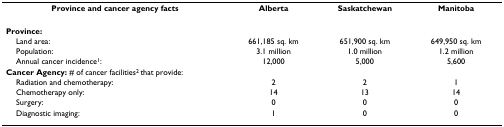
<table><thead><tr><td><b>Province and cancer agency facts</b></td><td><b>Alberta</b></td><td><b>Saskatchewan</b></td><td><b>Manitoba</b></td></tr></thead><tbody><tr><td><b>Province:</b></td><td></td><td></td><td></td></tr><tr><td> Land area:</td><td>661,185 sq. km</td><td>651,900 sq. km</td><td>649,950 sq. km</td></tr><tr><td> Population:</td><td>3.1 million</td><td>1.0 million</td><td>1.2 million</td></tr><tr><td> Annual cancer incidence<sup>1</sup>:</td><td>12,000</td><td>5,000</td><td>5,600</td></tr><tr><td><b>Cancer Agency: </b># of cancer facilities<sup>2 </sup>that provide:</td><td></td><td></td><td></td></tr><tr><td> Radiation and chemotherapy:</td><td>2</td><td>2</td><td>1</td></tr><tr><td> Chemotherapy only:</td><td>14</td><td>13</td><td>14</td></tr><tr><td> Surgery:</td><td>0</td><td>0</td><td>0</td></tr><tr><td> Diagnostic imaging:</td><td>1</td><td>0</td><td>0</td></tr></tbody></table>